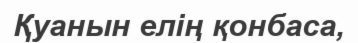
Қуанын елің қонбаса,